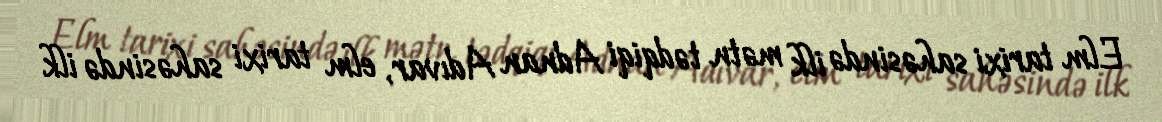
Elm tarixi sahəsində ilk mətn tədqiqi Adnan Adıvar, elm tarixi sahəsində ilk